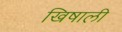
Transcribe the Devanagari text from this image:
खिषाली